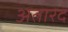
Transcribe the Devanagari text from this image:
अतारद